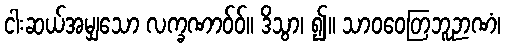
ငါးဆယ်အမျှသော လက္ခဏာဝ်ဝ်။ ဒိသွာ၊ ၍။ သာဝဝေတြဘူဉာဏံ၊